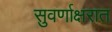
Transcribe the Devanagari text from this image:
सुवर्णाक्षरात